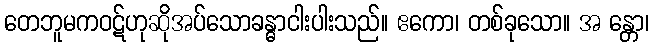
တေဘူမကဝဋ်ဟုဆိုအပ်သောခန္ဓာငါးပါးသည်။ ဧကော၊ တစ်ခုသော။ အ န္တော၊